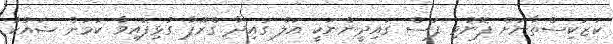
ކަޒަކިސްތާނަށް ފޮނުވި ފަސް ގައިދީންނަކީ އަލް ގައިދާ ގްރޫޕާ ގުޅިފައިވާ ކަމަށް ޝައްކު